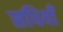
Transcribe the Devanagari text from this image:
सधियाँ